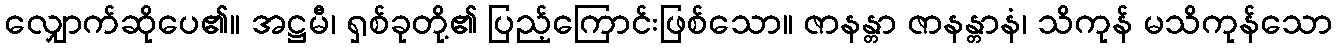
လျှောက်ဆိုပေ၏။ အဋ္ဌမီ၊ ရှစ်ခုတို့၏ ပြည့်ကြောင်းဖြစ်သော။ ဇာနန္တာ ဇာနန္တာနံ၊ သိကုန် မသိကုန်သော